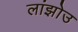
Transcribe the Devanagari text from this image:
लांझोउ